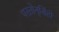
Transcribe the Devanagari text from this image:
परतोनृसिंहो